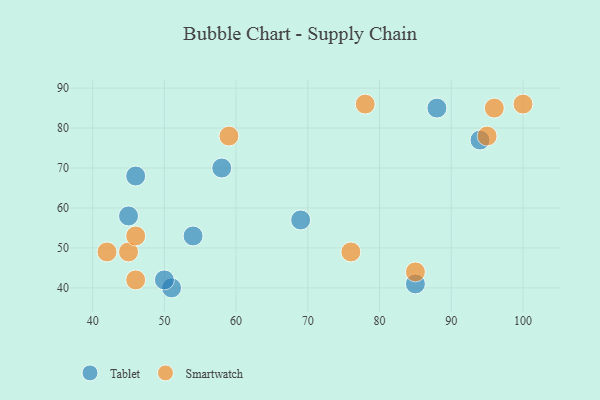
{"axis": {"x": "GDP", "y": "Life Expectancy"}, "legend": ["Smartwatch", "Tablet"], "data": [{"x": "45", "y": 58, "type": "Tablet"}, {"x": "54", "y": 53, "type": "Tablet"}, {"x": "51", "y": 40, "type": "Tablet"}, {"x": "69", "y": 57, "type": "Tablet"}, {"x": "50", "y": 42, "type": "Tablet"}, {"x": "85", "y": 41, "type": "Tablet"}, {"x": "94", "y": 77, "type": "Tablet"}, {"x": "58", "y": 70, "type": "Tablet"}, {"x": "88", "y": 85, "type": "Tablet"}, {"x": "46", "y": 68, "type": "Tablet"}, {"x": "45", "y": 49, "type": "Smartwatch"}, {"x": "78", "y": 86, "type": "Smartwatch"}, {"x": "46", "y": 53, "type": "Smartwatch"}, {"x": "59", "y": 78, "type": "Smartwatch"}, {"x": "100", "y": 86, "type": "Smartwatch"}, {"x": "95", "y": 78, "type": "Smartwatch"}, {"x": "46", "y": 42, "type": "Smartwatch"}, {"x": "76", "y": 49, "type": "Smartwatch"}, {"x": "42", "y": 49, "type": "Smartwatch"}, {"x": "96", "y": 85, "type": "Smartwatch"}, {"x": "85", "y": 44, "type": "Smartwatch"}]}